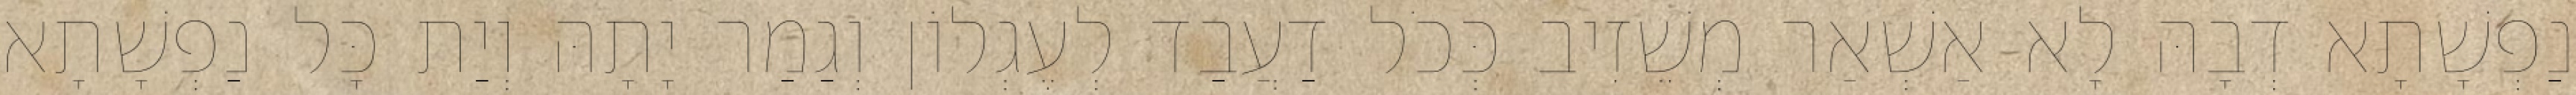
נַפְשָׁתָא דְבָהּ לָא אַשְׁאַר מְשֵׁזִיב כְּכֹל דַעֲבַד לְעֶגְלוֹן וְגַמַר יָתָהּ וְיַת כָּל נַפְשָׁתָא